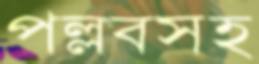
পল্লবসহ